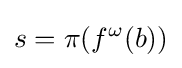
s=\pi (f^{\omega }(b))